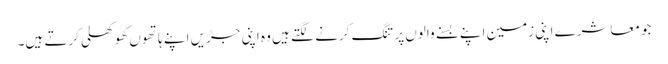
جو معاشرے اپنی زمین اپنے بسنے والوں پر تنگ کرنے لگتے ہیں وہ اپنی جڑیں اپنے ہاتھوں کھوکھلی کرتے ہیں۔